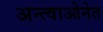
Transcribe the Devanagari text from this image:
अन्त्वाओनेत